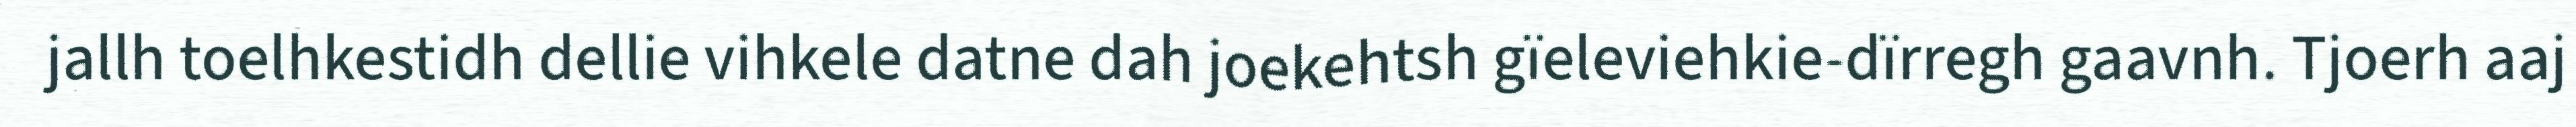
jallh toelhkestidh dellie vihkele datne dah joekehtsh gïeleviehkie-dïrregh gaavnh. Tjoerh aaj